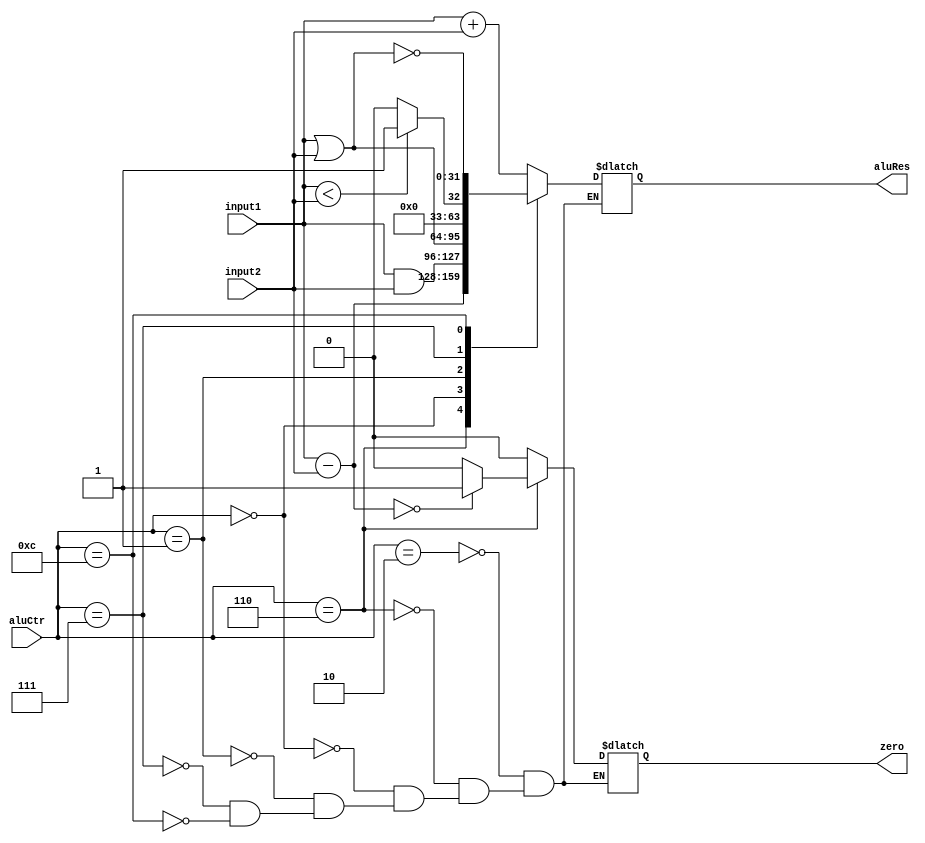
`timescale 1ns / 1ps
//////////////////////////////////////////////////////////////////////////////////
// Company: 
// Engineer: 
// 
// Design Name: 
// Module Name: ALU
// Project Name: 
// Target Devices: 
// Tool Versions: 
// Description: 
// 
// Dependencies: 
// 
// Revision:
// Revision 0.01 - File Created
// Additional Comments:
// 
//////////////////////////////////////////////////////////////////////////////////


module ALU (
    input [31:0] input1,
    input [31:0] input2,
    input [3:0] aluCtr,
    output reg zero,
    output reg [31:0] aluRes    
);

    initial begin
    zero=0;
    aluRes=0;
    end
    
    always @ (input1 or input2 or aluCtr)
    begin        
        casex (aluCtr)  
            4'b0010://add
            begin
                zero=0;
                aluRes = input1 + input2;
            end
            4'b0110:  //sub
            begin
                aluRes = input1 - input2;
                if(aluRes==0)
                    zero =1;
                else
                    zero=0;
            end
            4'b0000:  //and 
            begin
                zero=0;
                aluRes=input1&input2;
            end
            4'b0001:    //or
            begin
                zero=0;
                aluRes=input1|input2;
            end
            4'b0111:    //set on less than
            begin
                zero=0;
                if(input1<input2)
                    aluRes=1;
                else aluRes=0;
            end
            4'b1100:    //NOR
            begin
            zero=0;
                aluRes=input1|input2;
                aluRes=~aluRes;
            end
        endcase
    end
endmodule